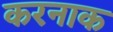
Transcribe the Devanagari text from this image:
करनाक